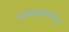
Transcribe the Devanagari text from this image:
स्वरूपज्ञाननिलयं